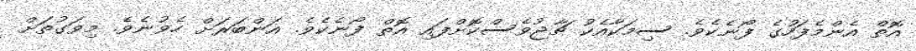
އޮތް އެންމެފަހުގެ ފޯނެކެވެ. ސިމަކާއެކު ޗާޖުވެސްކޮށްފައި އޮތް ފޯނެކެވެ. އަންބަރަށް ހެވުނެވެ. މިވަގުތަށް